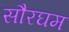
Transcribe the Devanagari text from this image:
सौरघम